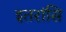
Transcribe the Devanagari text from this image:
इतरांसि